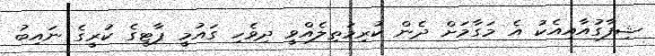
ޝިފާގުއާއިއެކު އެ މަގާމަށް ދެން ކުރިމަތިލެއްވީ ދިވެހި ގައުމީ ޕާޓީގެ ކުރީގެ ނައިބު